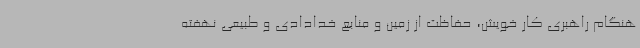
هنگام راهبری کار خویش، حفاظت از زمین و منابع خدادادی و طبیعی نهفته